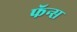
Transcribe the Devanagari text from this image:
फॅन्स